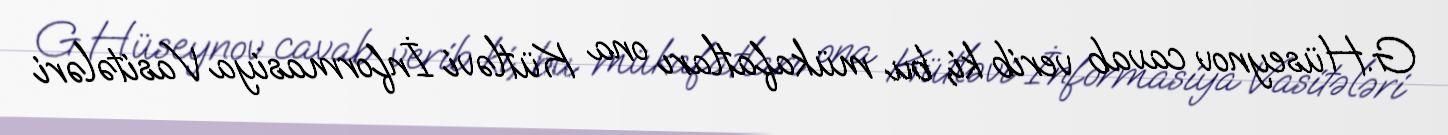
G.Hüseynov cavab verib ki, bu mükafatları ona Kütləvi İnformasiya Vasitələri